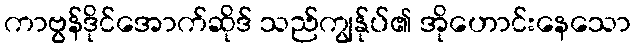
ကာဗွန်ဒိုင်အောက်ဆိုဒ် သည်ကျွန်ုပ်၏ အိုဟောင်းနေသော